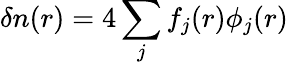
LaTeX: \delta n(r)=4\sum_{j}f_{j}(r)\phi_{j}(r)